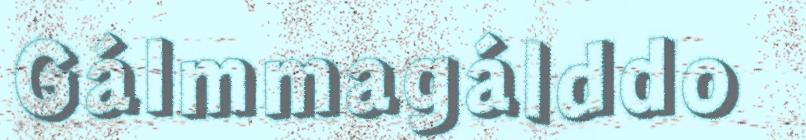
Gálmmagálddo